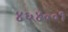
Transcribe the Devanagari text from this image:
४६४००१